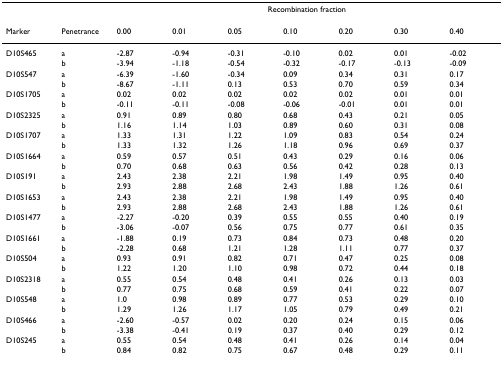
<table><thead><tr><td></td><td></td><td colspan="7"><b>Recombination fraction</b></td></tr></thead><tbody><tr><td>Marker</td><td>Penetrance</td><td>0.00</td><td>0.01</td><td>0.05</td><td>0.10</td><td>0.20</td><td>0.30</td><td>0.40</td></tr><tr><td>D10S465</td><td>a</td><td>-2.87</td><td>-0.94</td><td>-0.31</td><td>-0.10</td><td>0.02</td><td>0.01</td><td>-0.02</td></tr><tr><td></td><td>b</td><td>-3.94</td><td>-1.18</td><td>-0.54</td><td>-0.32</td><td>-0.17</td><td>-0.13</td><td>-0.09</td></tr><tr><td>D10S547</td><td>a</td><td>-6.39</td><td>-1.60</td><td>-0.34</td><td>0.09</td><td>0.34</td><td>0.31</td><td>0.17</td></tr><tr><td></td><td>b</td><td>-8.67</td><td>-1.11</td><td>0.13</td><td>0.53</td><td>0.70</td><td>0.59</td><td>0.34</td></tr><tr><td>D10S1705</td><td>a</td><td>0.02</td><td>0.02</td><td>0.02</td><td>0.02</td><td>0.02</td><td>0.01</td><td>0.01</td></tr><tr><td></td><td>b</td><td>-0.11</td><td>-0.11</td><td>-0.08</td><td>-0.06</td><td>-0.01</td><td>0.01</td><td>0.01</td></tr><tr><td>D10S2325</td><td>a</td><td>0.91</td><td>0.89</td><td>0.80</td><td>0.68</td><td>0.43</td><td>0.21</td><td>0.05</td></tr><tr><td></td><td>b</td><td>1.16</td><td>1.14</td><td>1.03</td><td>0.89</td><td>0.60</td><td>0.31</td><td>0.08</td></tr><tr><td>D10S1707</td><td>a</td><td>1.33</td><td>1.31</td><td>1.22</td><td>1.09</td><td>0.83</td><td>0.54</td><td>0.24</td></tr><tr><td></td><td>b</td><td>1.33</td><td>1.32</td><td>1.26</td><td>1.18</td><td>0.96</td><td>0.69</td><td>0.37</td></tr><tr><td>D10S1664</td><td>a</td><td>0.59</td><td>0.57</td><td>0.51</td><td>0.43</td><td>0.29</td><td>0.16</td><td>0.06</td></tr><tr><td></td><td>b</td><td>0.70</td><td>0.68</td><td>0.63</td><td>0.56</td><td>0.42</td><td>0.28</td><td>0.13</td></tr><tr><td>D10S191</td><td>a</td><td>2.43</td><td>2.38</td><td>2.21</td><td>1.98</td><td>1.49</td><td>0.95</td><td>0.40</td></tr><tr><td></td><td>b</td><td>2.93</td><td>2.88</td><td>2.68</td><td>2.43</td><td>1.88</td><td>1.26</td><td>0.61</td></tr><tr><td>D10S1653</td><td>a</td><td>2.43</td><td>2.38</td><td>2.21</td><td>1.98</td><td>1.49</td><td>0.95</td><td>0.40</td></tr><tr><td></td><td>b</td><td>2.93</td><td>2.88</td><td>2.68</td><td>2.43</td><td>1.88</td><td>1.26</td><td>0.61</td></tr><tr><td>D10S1477</td><td>a</td><td>-2.27</td><td>-0.20</td><td>0.39</td><td>0.55</td><td>0.55</td><td>0.40</td><td>0.19</td></tr><tr><td></td><td>b</td><td>-3.06</td><td>-0.07</td><td>0.56</td><td>0.75</td><td>0.77</td><td>0.61</td><td>0.35</td></tr><tr><td>D10S1661</td><td>a</td><td>-1.88</td><td>0.19</td><td>0.73</td><td>0.84</td><td>0.73</td><td>0.48</td><td>0.20</td></tr><tr><td></td><td>b</td><td>-2.28</td><td>0.68</td><td>1.21</td><td>1.28</td><td>1.11</td><td>0.77</td><td>0.37</td></tr><tr><td>D10S504</td><td>a</td><td>0.93</td><td>0.91</td><td>0.82</td><td>0.71</td><td>0.47</td><td>0.25</td><td>0.08</td></tr><tr><td></td><td>b</td><td>1.22</td><td>1.20</td><td>1.10</td><td>0.98</td><td>0.72</td><td>0.44</td><td>0.18</td></tr><tr><td>D10S2318</td><td>a</td><td>0.55</td><td>0.54</td><td>0.48</td><td>0.41</td><td>0.26</td><td>0.13</td><td>0.03</td></tr><tr><td></td><td>b</td><td>0.77</td><td>0.75</td><td>0.68</td><td>0.59</td><td>0.41</td><td>0.22</td><td>0.07</td></tr><tr><td>D10S548</td><td>a</td><td>1.0</td><td>0.98</td><td>0.89</td><td>0.77</td><td>0.53</td><td>0.29</td><td>0.10</td></tr><tr><td></td><td>b</td><td>1.29</td><td>1.26</td><td>1.17</td><td>1.05</td><td>0.79</td><td>0.49</td><td>0.21</td></tr><tr><td>D10S466</td><td>a</td><td>-2.60</td><td>-0.57</td><td>0.02</td><td>0.20</td><td>0.24</td><td>0.15</td><td>0.06</td></tr><tr><td></td><td>b</td><td>-3.38</td><td>-0.41</td><td>0.19</td><td>0.37</td><td>0.40</td><td>0.29</td><td>0.12</td></tr><tr><td>D10S245</td><td>a</td><td>0.55</td><td>0.54</td><td>0.48</td><td>0.41</td><td>0.26</td><td>0.14</td><td>0.04</td></tr><tr><td></td><td>b</td><td>0.84</td><td>0.82</td><td>0.75</td><td>0.67</td><td>0.48</td><td>0.29</td><td>0.11</td></tr></tbody></table>